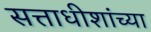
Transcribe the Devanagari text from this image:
सत्ताधीशांच्या